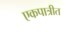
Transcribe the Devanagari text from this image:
एकपात्रीत